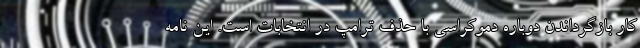
کار بازگرداندن دوباره دموکراسی با حذف ترامپ در انتخابات است. این نامه